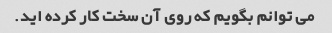
می توانم بگویم که روی آن سخت کار کرده اید.